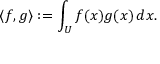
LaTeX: \langle f , g \rangle : = \int _ { U } f ( x ) g ( x ) \, d x .